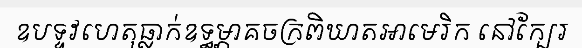
ឧបទ្ទវហេតុធ្លាក់ឧទ្ធម្ភាគចក្រពិឃាតអាមេរិក នៅក្បែរ